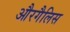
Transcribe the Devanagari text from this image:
औरगैलिस